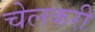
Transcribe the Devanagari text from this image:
चेलकरी